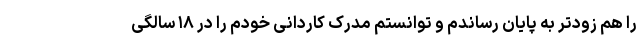
را هم زودتر به پایان رساندم و توانستم مدرک کاردانی خودم را در ۱۸ سالگی